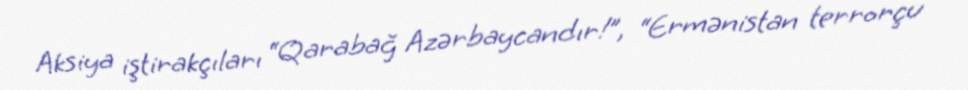
Aksiya iştirakçıları “Qarabağ Azərbaycandır!”, “Ermənistan terrorçu